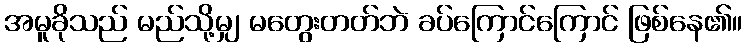
အမူခိုသည် မည်သို့မျှ မတွေးတတ်ဘဲ ခပ်ကြောင်ကြောင် ဖြစ်နေ၏။